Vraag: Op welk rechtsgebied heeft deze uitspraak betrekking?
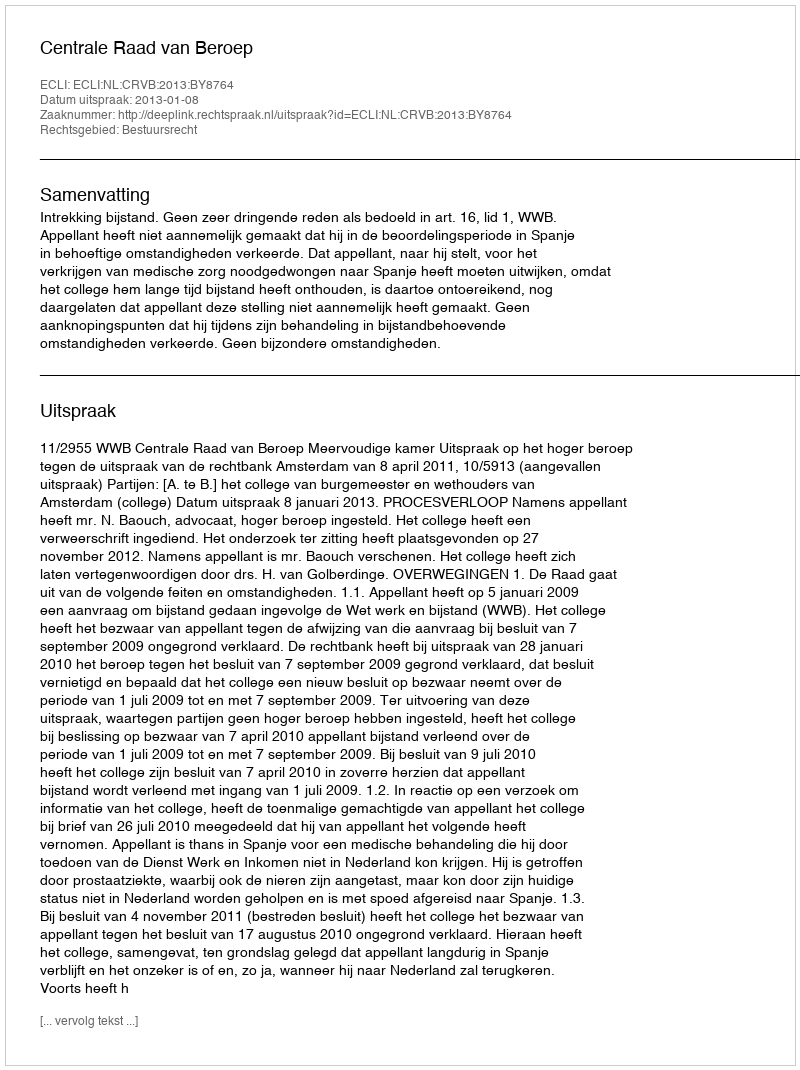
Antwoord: Bestuursrecht